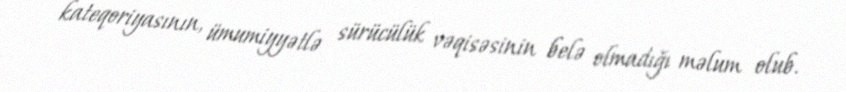
kateqoriyasının, ümumiyyətlə sürücülük vəqisəsinin belə olmadığı məlum olub.